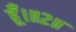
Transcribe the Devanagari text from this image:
हूँ।॥२॥